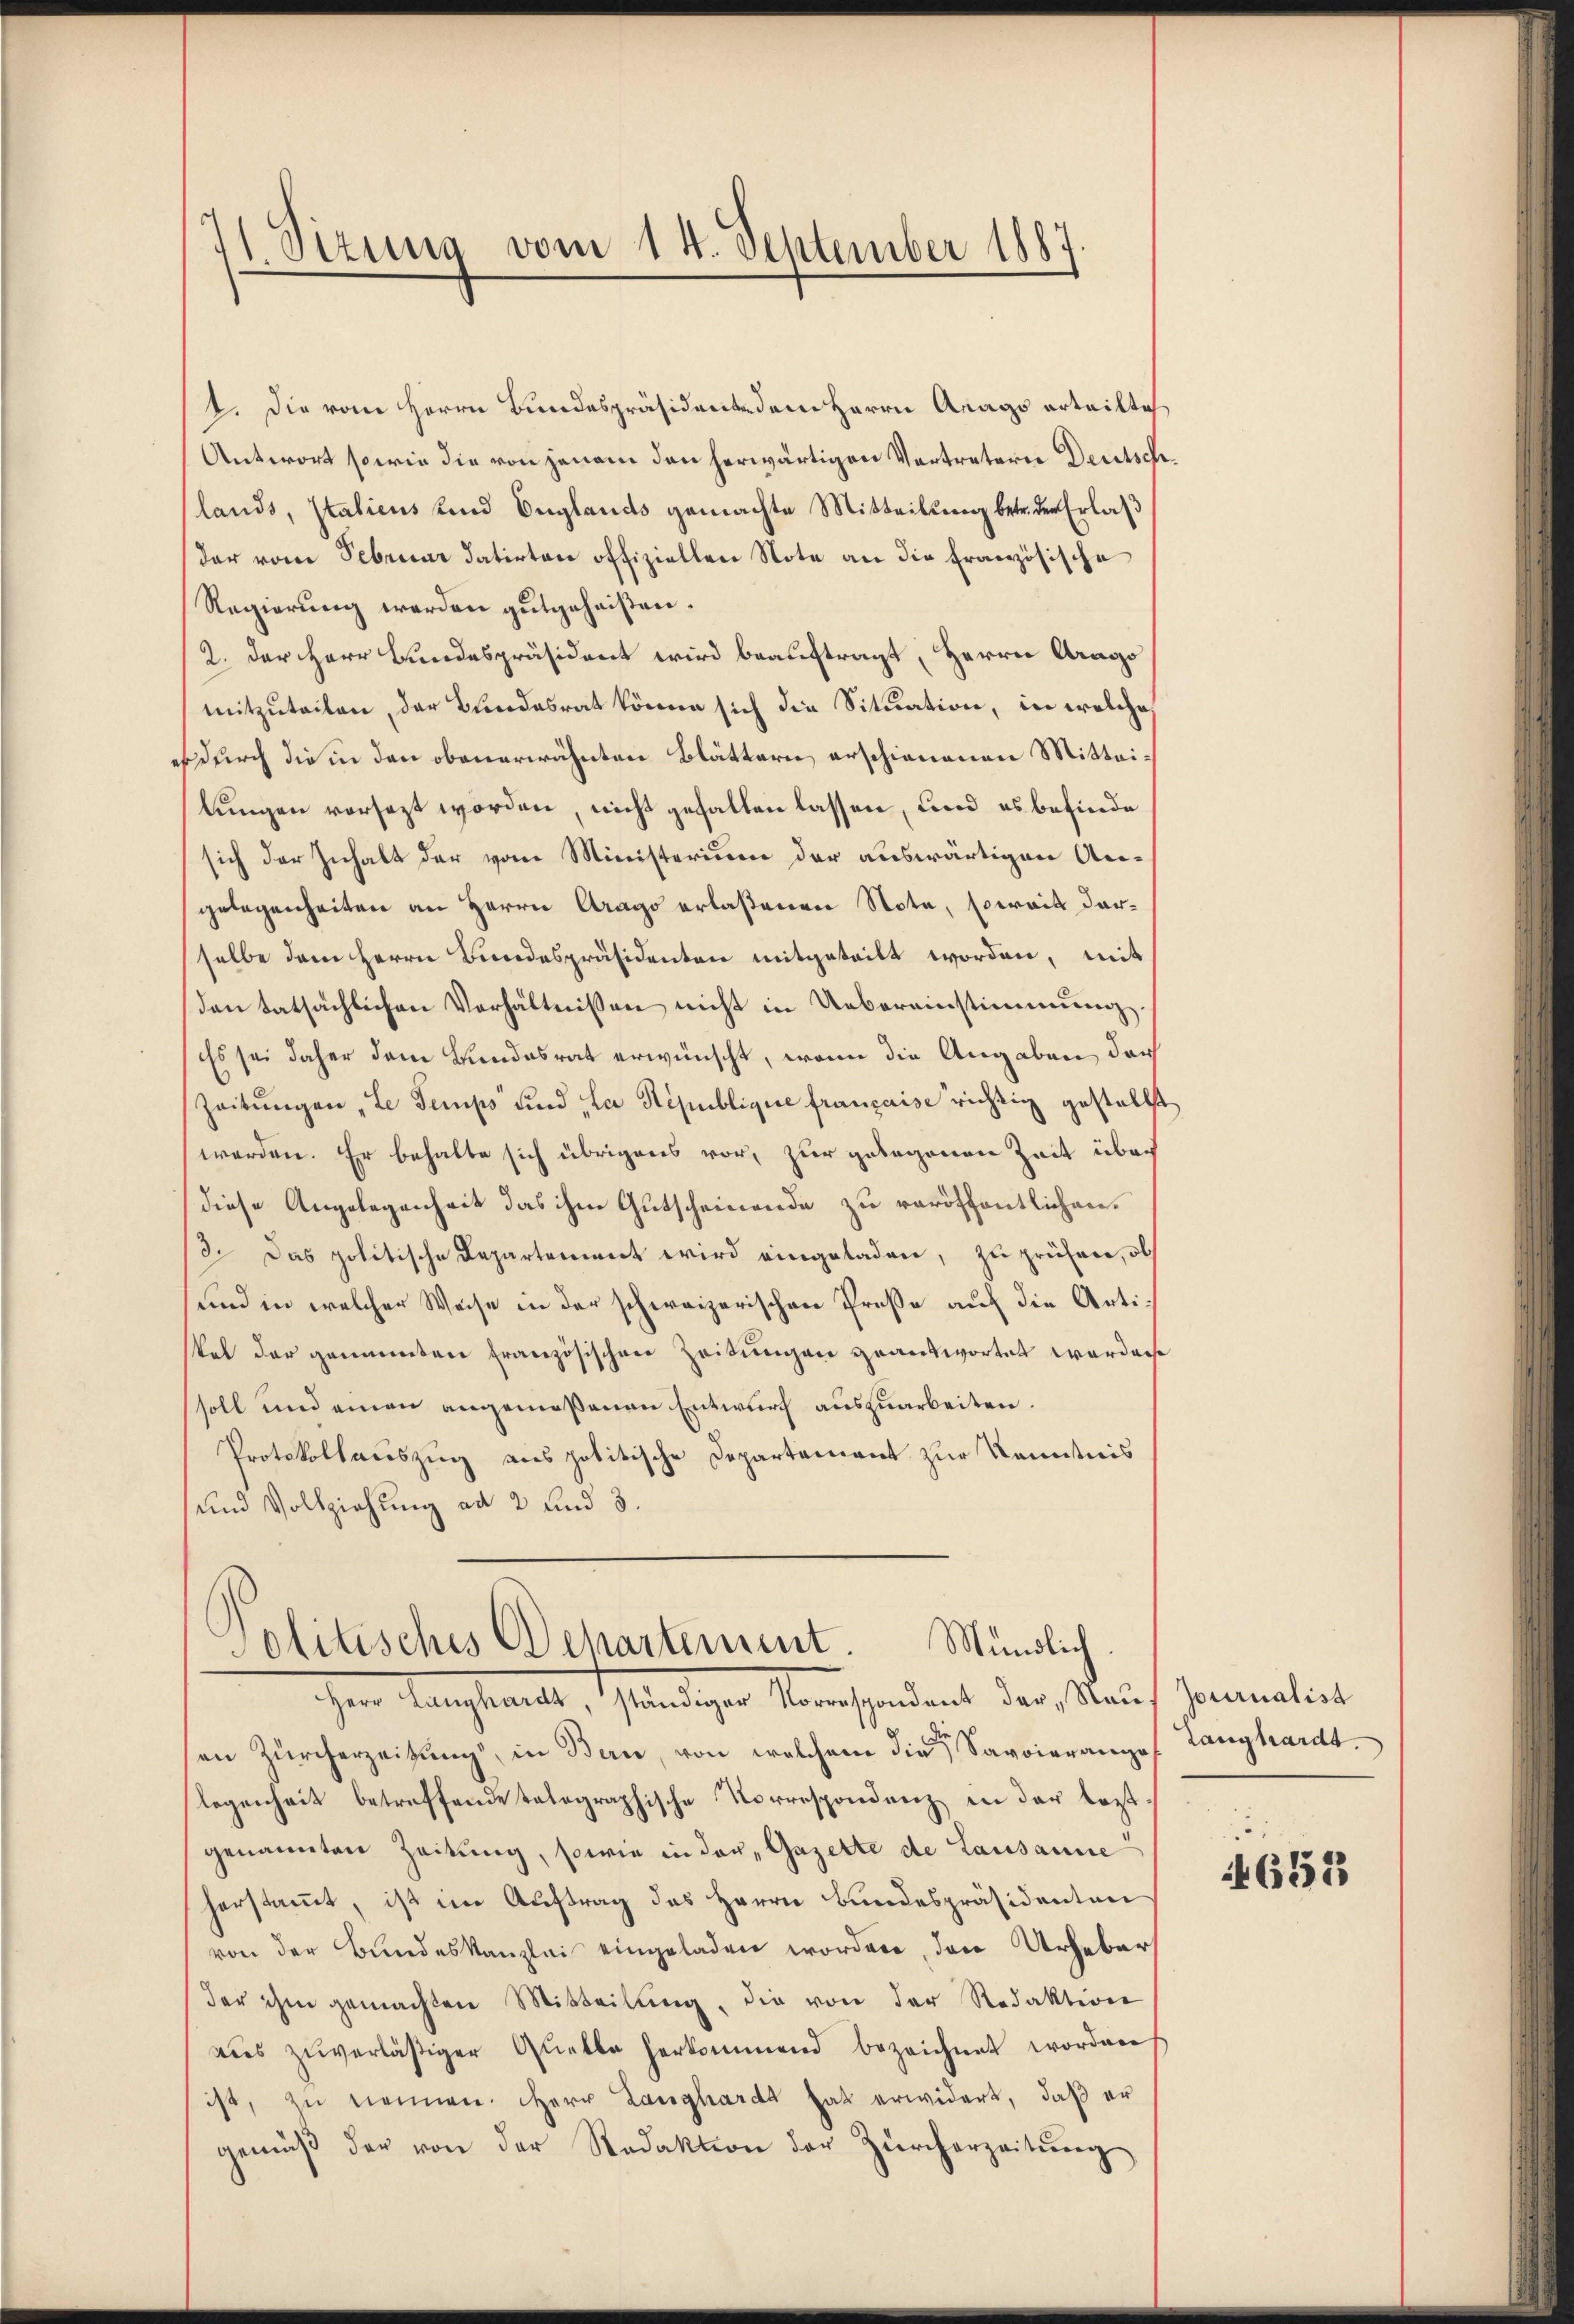
11 Sizung vom 14. September 1887

2. Die vom Herrn Bundespräsidente dem Herrn Arago erteilte
Antwort sowie die von jenem den herwärtigen Vertreterie Deutsch¬
(lands, Italicus und Englands gemachte Mitteilung betr. der Erlaß
der vom Februar datirten offiziellen Note an die Französische
Regierung werden gutgeheißen.
2. Der Herr Bundespräsident wird beauftragt, Herrn Arago
mitzuteilen, der Bundesrat könne sich die Situation, in welches
durch die in den obenerwähnten Blättern erschienenen Mitteilungen vorsezt worden, nicht gefallen lassen, und es befinde
sich der Inhalt der vom Ministerium der auswärtigen Angelegenheiten an Herrn Arago erlaßenen Nota, soweit darselbe dem Herrn Bundespräsidenten mitgeteilt worden, mit
den tatsächlichen Verhältnissen nicht in Uebereinstimmung
Es sei daher dem Bundesrat erwünscht, wenn die Angaben doch
Zeitŭngen, Le temps und la République française richtig gestellt
werden. Er behalte sich übrigens vor, zur gebogenen Zeit über
diese Angelegenheit das ihm Gutscheinende zu veröffentlichen.
3. Das politische Departement wird eingeladen, zu prüfen, ob
und in welcher Weise in der schweizerischen Presse auf die Artiskel der genannten französischen Zeitungen geantwortet worden
soll und einen angemeßenen Entwurf auszuarbeiten.
Protokollauszug aus politische Departement zur Kenntnis
und Vollziehung ad 2 und 3.

Politisches Departement. Mündlich.

hem Manchmatt, wendiger Namenscheident der Mauch sammerlich
an Zürcherzeitung, in Bern, von welchem die Savoierange Langhardt.
legenheit betreffende talographische Korrespondenz in der leztgenannten Zeitung, sowie in der Gazette de Lausanne
herstammt, ist im Auftrag des Herrn Bundespräsidenten
von der Bundeskanzlei eingeladen worden, den Urheber
der ihm gemachten Mitteilŭng, die von der Redaktion
aŭs zŭverläßiger Quelle herkommend bezeichnet worden
ist, zu nennen. Herr Langhardt hat erwidert, daß er
gemäβ der von der Redaktion der Zürcherzeitŭng

653